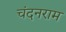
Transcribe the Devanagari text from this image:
चंदनराम